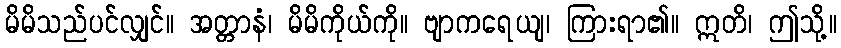
မိမိသည်ပင်လျှင်။ အတ္တာနံ၊ မိမိကိုယ်ကို။ ဗျာကရေယျ၊ ကြားရာ၏။ ဣတိ၊ ဤသို့။